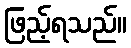
ဖြည့်ရသည်။